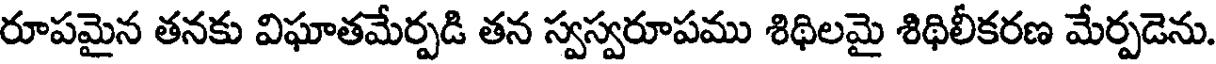
రూపమైన తనకు విఘాతమేర్పడి తన స్వస్వరూపము శిథిలమై శిథిలీకరణ మేర్పడెను.